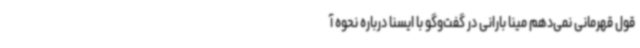
قول قهرمانی نمی‌دهم مینا بارانی در گفت‌وگو با ایسنا درباره نحوه آ